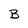
Character: B